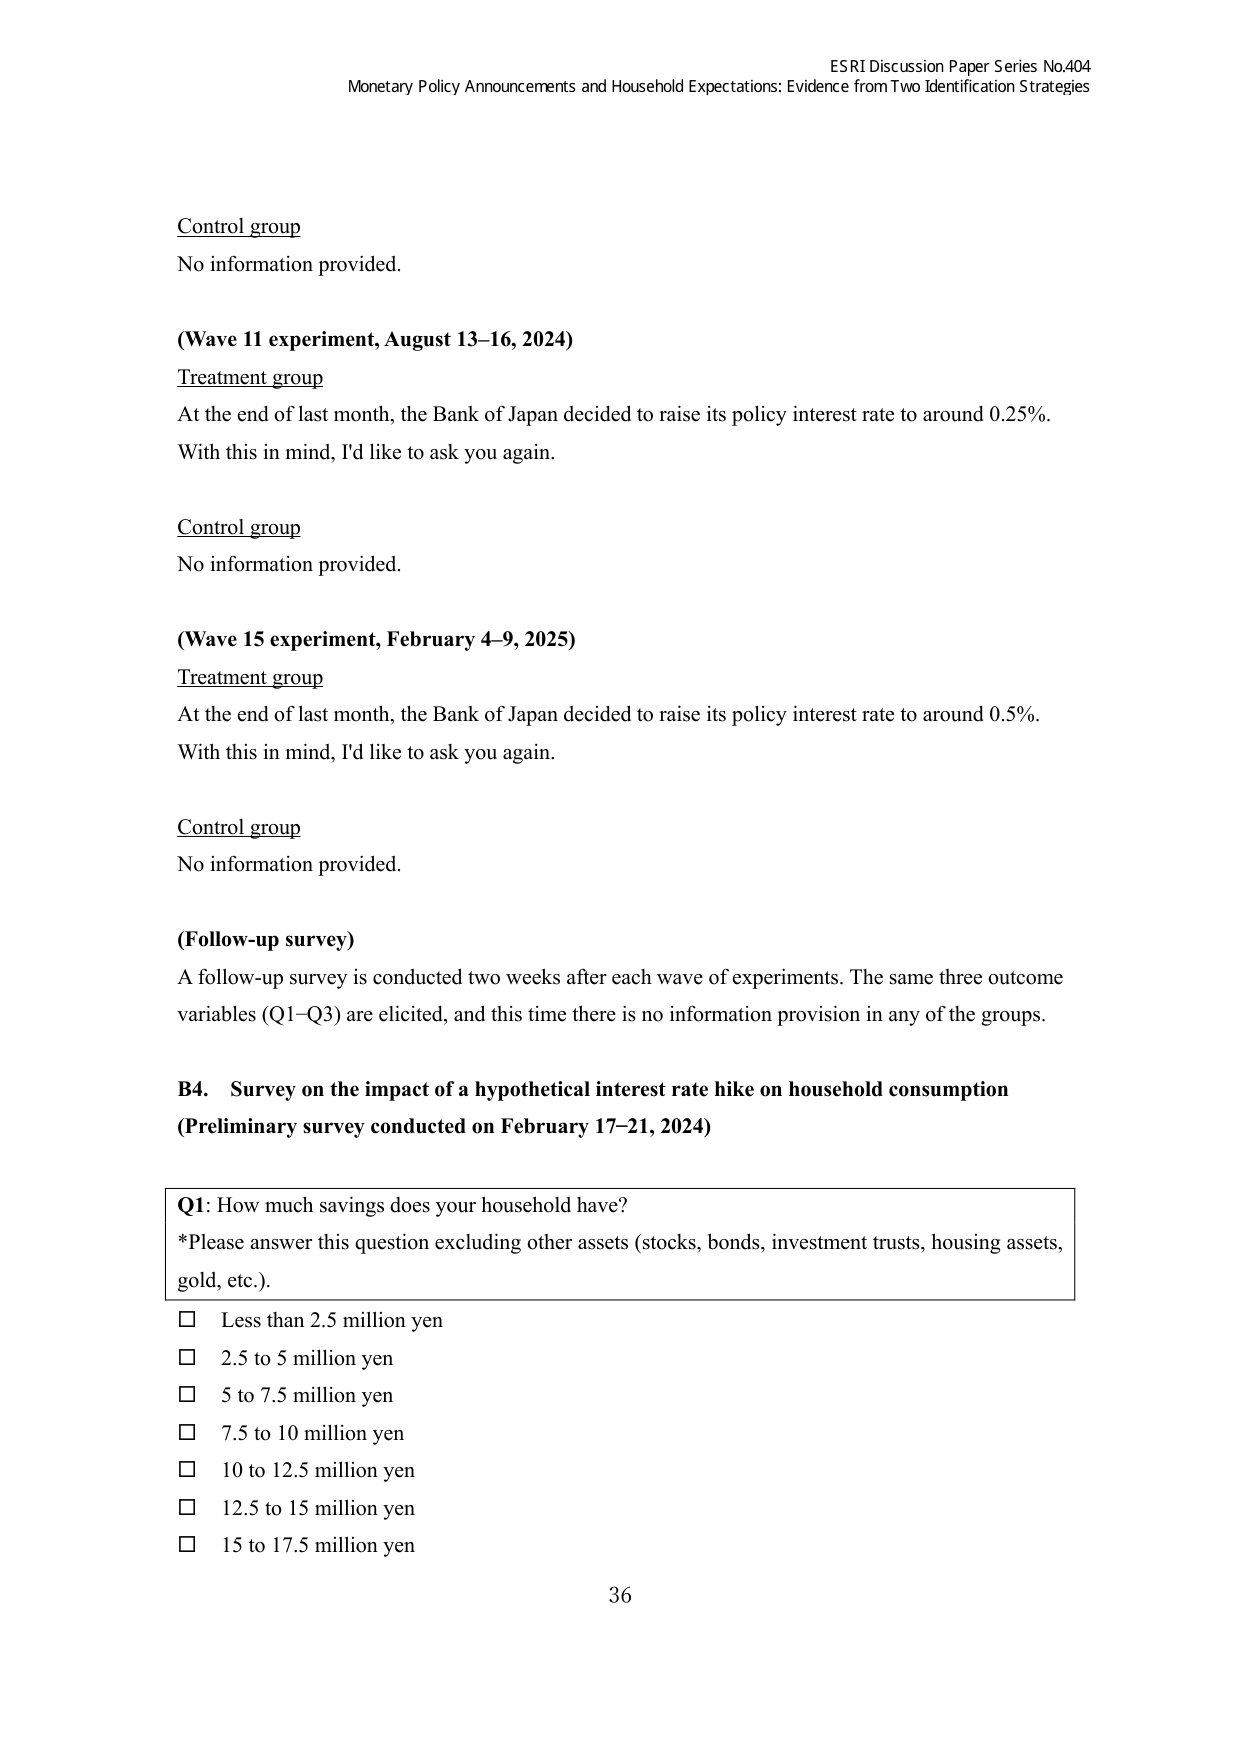
ESRI Discussion Paper Series No.404
Monetary Policy Announcements and Household Expectations: Evidence from Two Identification Strategies

Control group
No information provided.

(Wave 11 experiment, August 13–16, 2024)
Treatment group
At the end of last month, the Bank of Japan decided to raise its policy interest rate to around 0.25%.
With this in mind, I’d like to ask you again.

Control group
No information provided.

(Wave 15 experiment, February 4–9, 2025)
Treatment group
At the end of last month, the Bank of Japan decided to raise its policy interest rate to around 0.5%.
With this in mind, I’d like to ask you again.

Control group
No information provided.

(Follow-up survey)
A follow-up survey is conducted two weeks after each wave of experiments. The same three outcome variables (Q1–Q3) are elicited, and this time there is no information provision in any of the groups.

B4. Survey on the impact of a hypothetical interest rate hike on household consumption
(Preliminary survey conducted on February 17–21, 2024)

Q1: How much savings does your household have?
*Please answer this question excluding other assets (stocks, bonds, investment trusts, housing assets, gold, etc.).

□ Less than 2.5 million yen
□ 2.5 to 5 million yen
□ 5 to 7.5 million yen
□ 7.5 to 10 million yen
□ 10 to 12.5 million yen
□ 12.5 to 15 million yen
□ 15 to 17.5 million yen

36